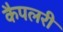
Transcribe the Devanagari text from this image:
कैपलरी